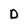
Character: D